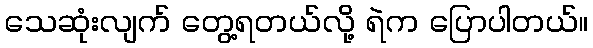
သေဆုံးလျက် တွေ့ရတယ်လို့ ရဲက ပြောပါတယ်။